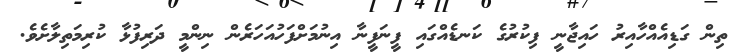
ތިން ގަޑިއެއްހާއިރު ހައިޖާނީ ފިކުރުގެ ކަނޑެއްގައި ފީނަފީނާ އިނުމަށްފަހުއަހަރެން ނިންމީ ދަރިފުޅާ ކުރިމަތިލާށެވެ.